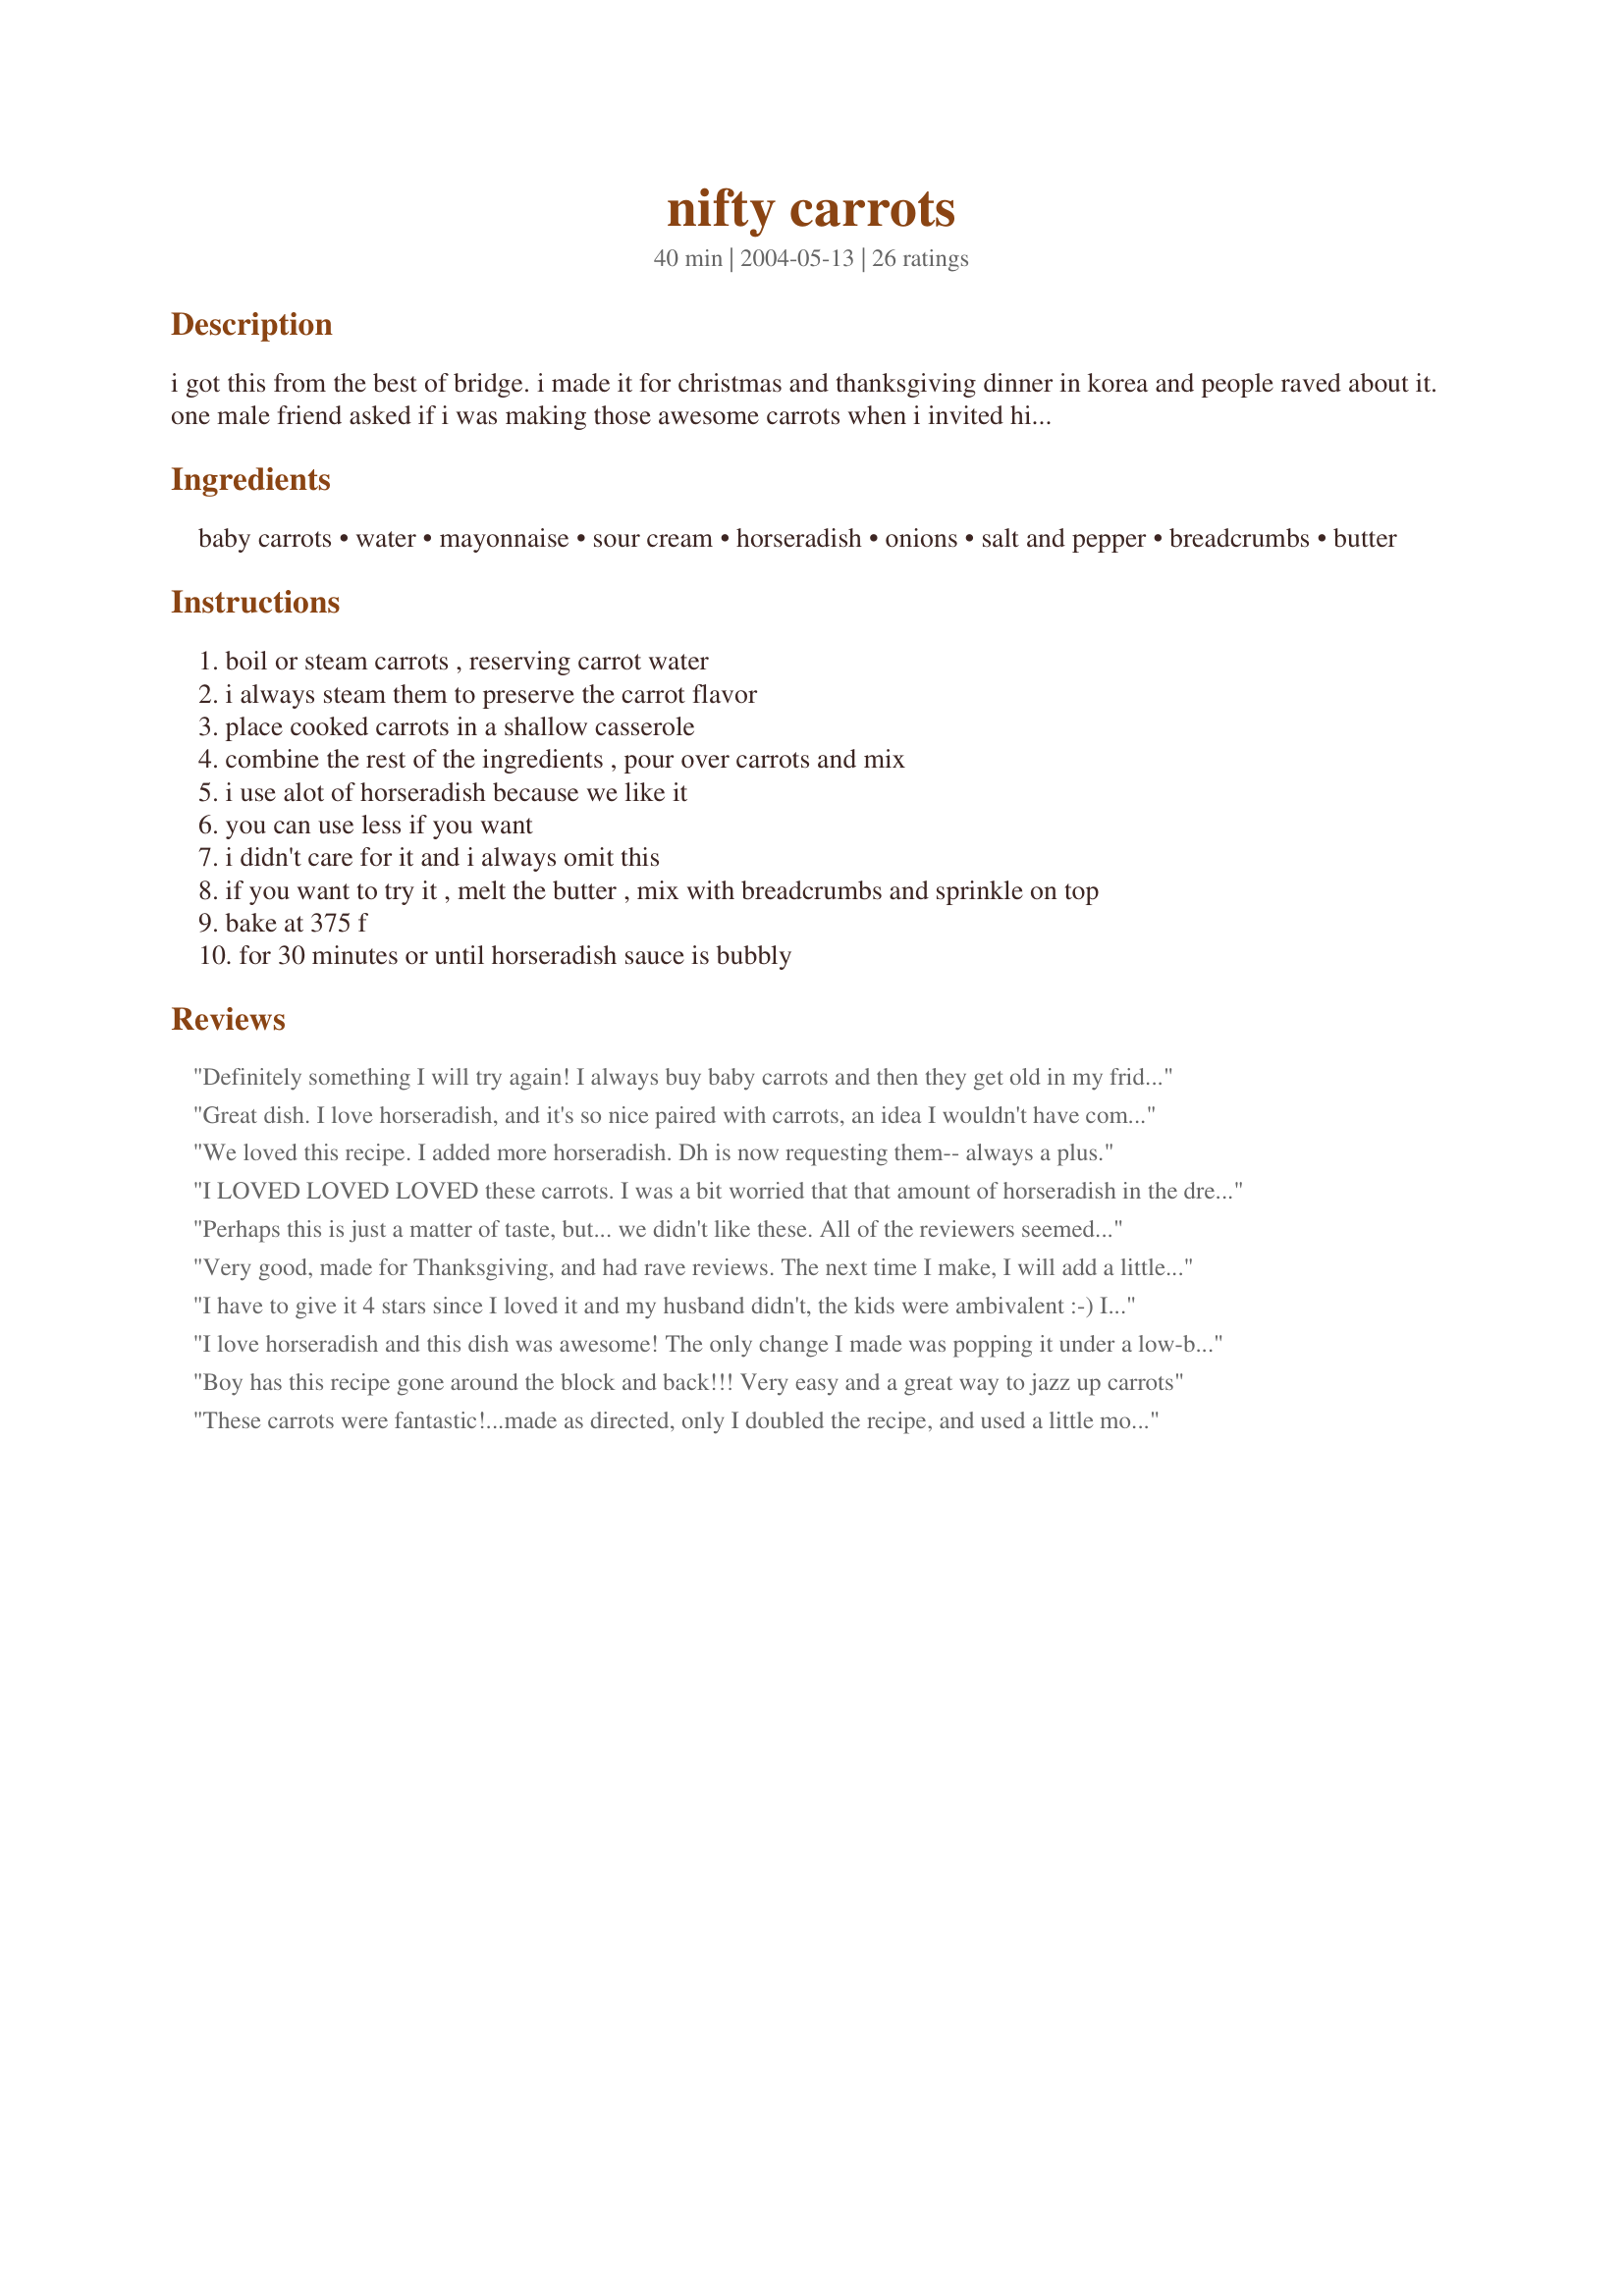
nifty carrots
Preparation time: 40 minutes

i got this from the best of bridge. i made it for christmas and thanksgiving dinner in korea and people raved about it. one male friend asked if i was making those awesome carrots when i invited him to christmas dinner.

Ingredients:
baby carrots, water, mayonnaise, sour cream, horseradish, onions, salt and pepper, breadcrumbs, butter

Steps:
boil or steam carrots , reserving carrot water
i always steam them to preserve the carrot flavor
place cooked carrots in a shallow casserole
combine the rest of the ingredients , pour over carrots and mix
i use alot of horseradish because we like it
you can use less if you want
i didn't care for it and i always omit this
if you want to try it , melt the butter , mix with breadcrumbs and sprinkle on top
bake at 375 f
for 30 minutes or until horseradish sauce is bubbly

Reviews:
Definitely something I will try again! I always buy baby carrots and then they get old in my fridge and I have to do something with them... This is what I did this time :) I made a couple of slight changes: I don't have horseradish in my kitchen so I upped the amount of onion to 1/4 cup and added 3 cloves of garlic.. I think I would cut them back just a bit next time.. my nose is running, lol. I also added some fresh ground pepper. I didn't use the breadcrumb topping. Thanks for a great and easy recipe Cathy!
Great dish. I love horseradish, and it's so nice paired with carrots, an idea I wouldn't have come up with on my own. I julienned the carrots, which made for a nice presentation along with a parsley garnish. Next time I'll try the bread crumb topping to see what it's like, but it's great without. Thanks for posting!
We loved this recipe. I added more horseradish. Dh is now requesting them-- always a plus.
I LOVED LOVED LOVED these carrots. I was a bit worried that that amount of horseradish in the dressing would overpower both the taste and my nostrils. Neither was true. The horseradish complements the carrot flavor wonderfully and, mixed with the mayo and sour cream muted its intensity. For some reason, I overlooked that the recipe called for 1/4 cup reserved carrot water and used about 1/2 cup, but that amount seemed to work well. From now on this will be one of my favorite ways to serve carrots.
Perhaps this is just a matter of taste, but... we didn't like these. All of the reviewers seemed to like it, so I really looked forward to trying it... but we didn't even eat them. All I could taste was the heavy mayo, and didn't think the flavors went well. But that just must be us, because everybody else liked it, it seems.
Very good, made for Thanksgiving, and had rave reviews. The next time I make, I will add a little more water.
I have to give it 4 stars since I loved it and my husband didn't, the kids were ambivalent :-) I made this for the first time with a Beef loin roast. I loved the flavors and the texture. My husband just doesn't like horseradish so he just wanted the cream sauce.
I love horseradish and this dish was awesome! The only change I made was popping it under a low-broil for 10 minutes (instead of the baking) and the idea of the breadcrumb topping was off-putting so I also omitted it. I will definately be making this again. Thanks!
Boy has this recipe gone around the block and back!!! Very easy and a great way to jazz up carrots
These carrots were fantastic!...made as directed, only I doubled the recipe, and used a little more than the specified amount of horseadish, we love that stuff!! as I had quite a few people to feed. These carrots went like hotcakes, everyone just loved them. Thanks so much for posting Cathy17, I will be making these quite often....Kittencak :)
When I first tried them, the horseradish was overpowering, and I didn't care for the dish. I served them at another meal with a "bland" tuna dish, and they were wonderful. I love horseradish, but will probably cut back slightly on the horseradish the next time. Thanks, Cathy, for a nice carrot recipe. BTW, I was cutting back on the carbs, and didn't do the breadcrumb topping like you suggested.
I make a version of this without the sour cream and carrot water. I add melted butter in a baggie of crushed saltines or ritz crackers. We love it! Thanks for posting.
I cut the recipe in half but the next time I'll not cut back on the horseradish. It's a keeper. Thanks.
delish! i actually roasted my carrots in evoo, salt and pepper at 350 degrees for 15 minutes. I omitted the carrot water and added some dill and fresh parsley. I thought the breadcrumbs were the perfect addition. thanks for the unique carrot dish!! my dh hates carrots, but loved this!
This was a great recipe!! I left out the breadcrumbs and butter. Next time I think I will try it...
I love this dish! It is wonderful with a roast beef dinner! The suggested amount of horseradish adds the perfect zip! Each time I serve this dish, people rave about it. I love that it is so unique, as my other carrot recipes are boring and predictable. I also love that I can steam the carrots the night before and have the sauce all mixed up ahead of time as well. Thanks for the great recipe!
I don't really like carrots, so am always looking for recipes because my sisters do like them. These are something I will prepare again. Thnx for posting, Cathy.
YUM! This is so tasty, I used lite mayonnaise and sour cream and a little less than the 1/4 cup of horseradish. 
Straight to the favourite file, thanks Cathy!
Very different carrots, I used a horseradish sauce and it was great. The breadcrumbs and butter didn't add much. I loved them and others expressed appreciation.
Good carrot side dish. Everyone at the table enjoyed it. I took your word for it and did not include the bread crumbs.
Thanks for the recipe.
Yum! I love Best of Bridge recipes and this was another good one. I messed up a little bit - forgot to add the cooking water, lol, so my sauce was thicker than it should have been. Still tasted really good. Thanks Cathy17 for a nice side dish. Made for Zaar Cookbook Tag.
My friends now consider this my "signature Dish" I've kicked it up a bit and seem to vary every time.This is excellent, I recommend it.
Nifty Carrots are really Nifty and Delicious. DH & I really enjoyed them. Love the horseradish It really gives them a good flavor. I did cut the recipe down for the 2 of us. I will be making them again soon for company. Thank you Cathy for the recipe.
I thought this was super! I cut back on the horseradish a tad so that hubby would eat it (would probably want to use less as well for children.) I also added a little more carrot water, and skipped the bread crumb topping. The only suggestion I would make is to specify the size that the carrots should be sliced and how long to boil/steam the carrots. I will absolutely keep this one.
I&#039;ve been making this carrot dish ever since the Best of Bridge cookbook came out... it&#039;s a regular at our Christmas and Thanksgiving table. We like horseradish so add a bit more! Delish but I save the 5 stars for outstanding!!
Sorry, but we did not like this. followed recipe but I think because the mayo it ended up to sweet for us. But thanks for the recipe!
